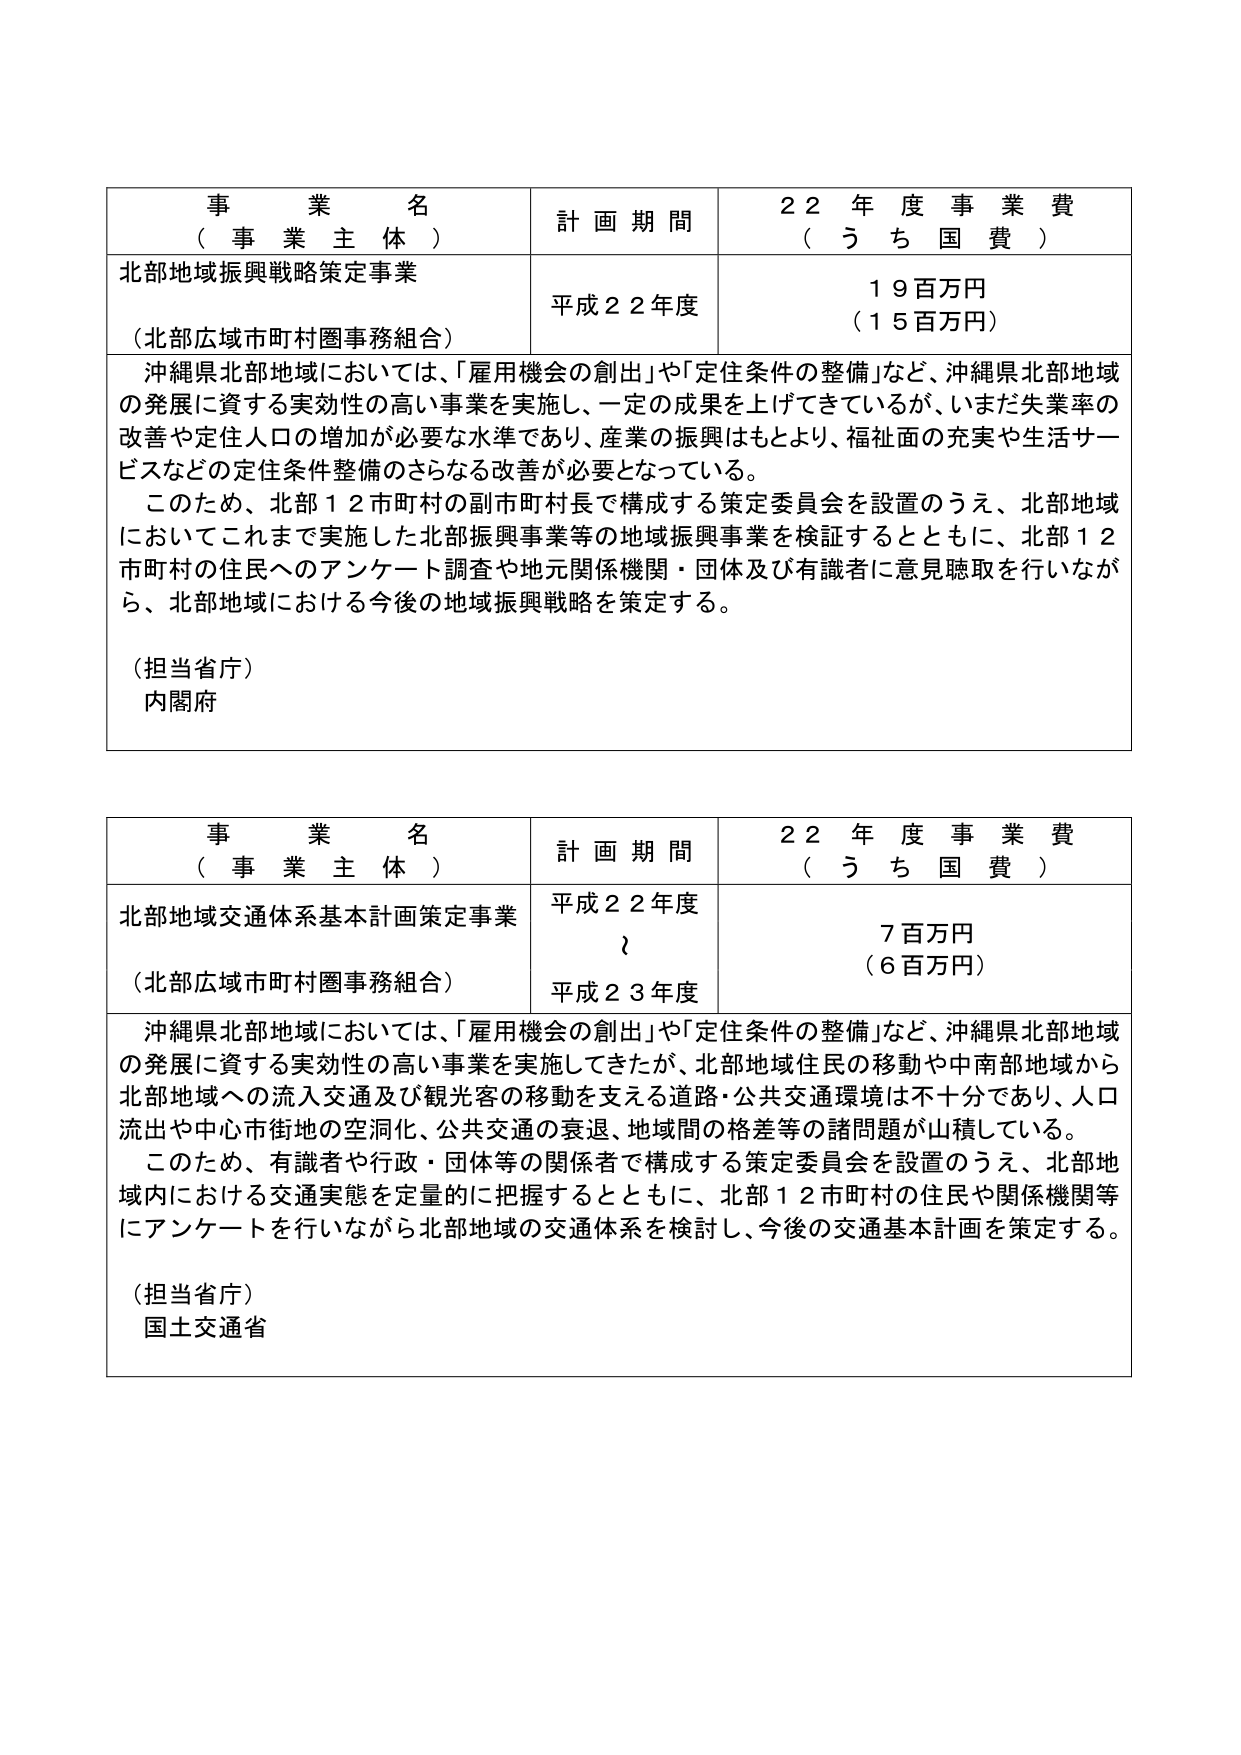
事業名
（事業主体）
計画期間
２２年度事業費
（うち国費）

北部地域振興戦略策定事業
（北部広域市町村圏事務組合）
平成２２年度
１９百万円
（１５百万円）

沖縄県北部地域においては、「雇用機会の創出」や「定住条件の整備」など、沖縄県北部地域の発展に資する実効性の高い事業を実施し、一定の成果を上げてきているが、いまだ失業率の改善や定住人口の増加が必要な水準であり、産業の振興はもとより、福祉面の充実や生活サービスなどの定住条件整備のさらなる改善が必要となっている。
このため、北部１２市町村の副市町村長で構成する策定委員会を設置のうえ、北部地域においてこれまで実施した北部振興事業等の地域振興事業を検証するとともに、北部１２市町村の住民へのアンケート調査や地元関係機関・団体及び有識者に意見聴取を行いながら、北部地域における今後の地域振興戦略を策定する。

（担当省庁）
内閣府

事業名
（事業主体）
計画期間
２２年度事業費
（うち国費）

北部地域交通体系基本計画策定事業
（北部広域市町村圏事務組合）
平成２２年度
～
平成２３年度
７百万円
（６百万円）

沖縄県北部地域においては、「雇用機会の創出」や「定住条件の整備」など、沖縄県北部地域の発展に資する実効性の高い事業を実施してきたが、北部地域住民の移動や中南部地域から北部地域への流入交通及び観光客の移動を支える道路・公共交通環境は不十分であり、人口流出や中心市街地の空洞化、公共交通の衰退、地域間の格差等の諸問題が山積している。
このため、有識者や行政・団体等の関係者で構成する策定委員会を設置のうえ、北部地域内における交通実態を定量的に把握するとともに、北部１２市町村の住民や関係機関等にアンケートを行いながら北部地域の交通体系を検討し、今後の交通基本計画を策定する。

（担当省庁）
国土交通省